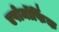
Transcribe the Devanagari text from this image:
एपोमॉर्फिक